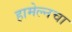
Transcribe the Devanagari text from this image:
हामेल्नचा